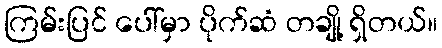
ကြမ်းပြင် ပေါ်မှာ ပိုက်ဆံ တချို့ ရှိတယ်။